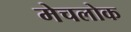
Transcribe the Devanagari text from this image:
मेचलोक